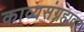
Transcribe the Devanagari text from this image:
काव्यसंग्रहावर